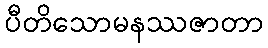
ပီတိသောမနဿဇာတာ